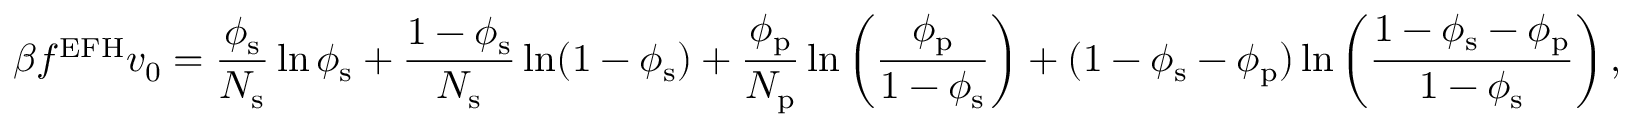
\beta f ^ { \mathrm { E F H } } v _ { 0 } = \frac { \phi _ { \mathrm { s } } } { N _ { \mathrm { s } } } \ln \phi _ { \mathrm { s } } + \frac { 1 - \phi _ { \mathrm { s } } } { N _ { \mathrm { s } } } \ln ( 1 - \phi _ { \mathrm { s } } ) + \frac { \phi _ { \mathrm { p } } } { N _ { \mathrm { p } } } \ln \left( \frac { \phi _ { \mathrm { p } } } { 1 - \phi _ { \mathrm { s } } } \right) + ( 1 - \phi _ { \mathrm { s } } - \phi _ { \mathrm { p } } ) \ln \left( \frac { 1 - \phi _ { \mathrm { s } } - \phi _ { \mathrm { p } } } { 1 - \phi _ { \mathrm { s } } } \right) ,